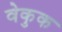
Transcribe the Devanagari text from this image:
वेकुक